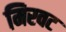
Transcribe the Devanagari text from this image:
मिरवट